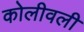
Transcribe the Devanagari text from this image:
कोलीवली